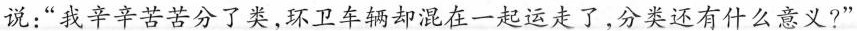
说：”我辛辛苦苦分了类，环卫车辆却混在一起运走了，分类还有什么意义?”